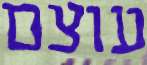
עוצם